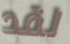
لقد